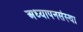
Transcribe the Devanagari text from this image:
अध्यापनसंस्था